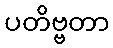
ပတိဗ္ဗတာ